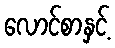
လောင်စာနှင့်